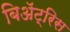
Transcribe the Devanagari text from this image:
बिॲट्रिस